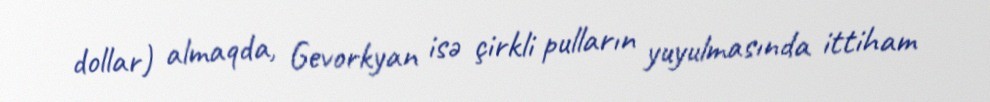
dollar) almaqda, Gevorkyan isə çirkli pulların yuyulmasında ittiham